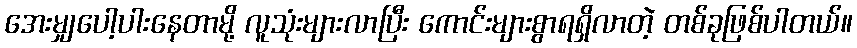
အေးမျှပေါ့ပါးနေတာမို့ လူသုံးများလာပြီး ကောင်းများစွာရရှိလာတဲ့ တစ်ခုဖြစ်ပါတယ်။